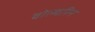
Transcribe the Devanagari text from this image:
वोल्वरिन